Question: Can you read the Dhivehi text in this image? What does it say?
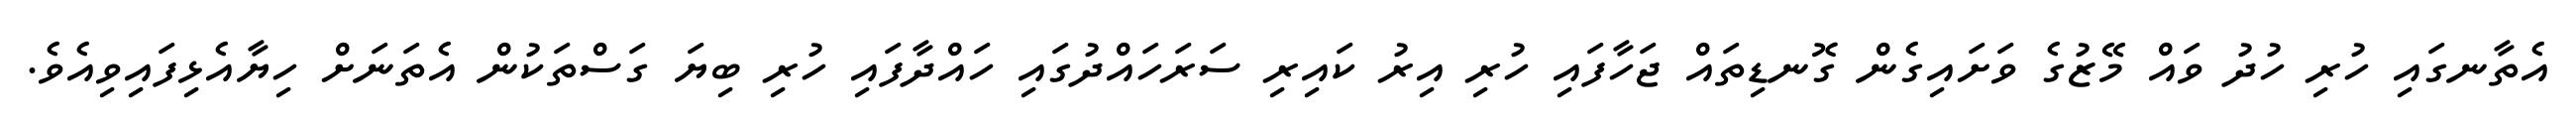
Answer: އެތާނގައި ހުރި ހުދު ވައް މޭޒުގެ ވަށައިގެން ގޮނޑިތައް ޖަހާފައި ހުރި އިރު ކައިރި ސަރަހައްދުގައި ހައްދާފައި ހުރި ބިޔަ ގަސްތަކުން އެތަނަށް ހިޔާއެޅިފައިވިއެވެ.